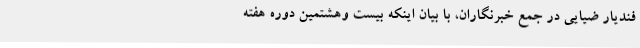
فندیار ضیایی در جمع خبرنگاران، با بیان اینکه بیست وهشتمین دوره هفته